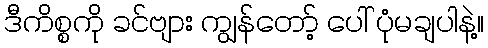
ဒီကိစ္စကို ခင်ဗျား ကျွန်တော့် ပေါ် ပုံမချပါနဲ့။